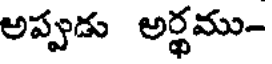
అప్పుడు అర్థము-